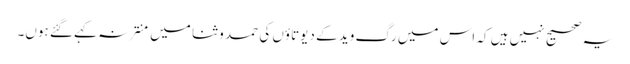
یہ صحیح نہیں ہیں کہ اس میں رگ وید کے دیوتاؤں کی حمد و ثنا میں منتر نہ کہے گئے ہوں۔